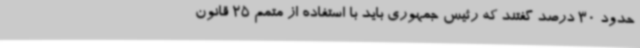
حدود 30 درصد گفتند که رئیس جمهوری باید با استفاده از متمم 25 قانون